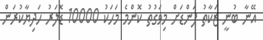
އޭނާ ބުނީ ޒަކާތު ފަންޑަށް މިވަގުތު ކޮންމެ މަހަކު 10000 ޑޮލަރު ހަދިޔާކުރަން